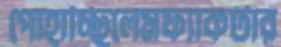
পোহাচ্ছিলেমফ্যাকটার